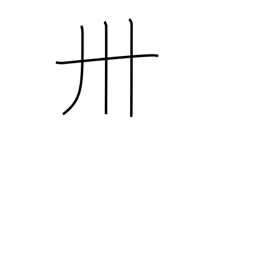
Meaning: thirty